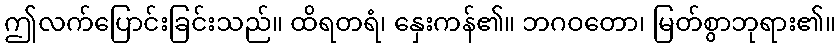
ဤလက်ပြောင်းခြင်းသည်။ ထိရတရံ၊ နှေးကန်၏။ ဘဂဝတော၊ မြတ်စွာဘုရား၏။